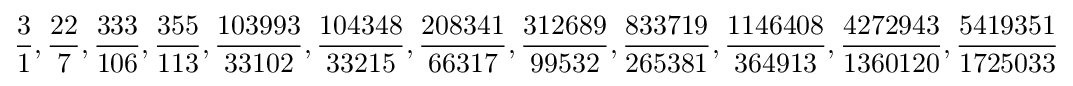
{\frac {3}{1}},{\frac {22}{7}},{\frac {333}{106}},{\frac {355}{113}},{\frac {103993}{33102}},{\frac {104348}{33215}},{\frac {208341}{66317}},{\frac {312689}{99532}},{\frac {833719}{265381}},{\frac {1146408}{364913}},{\frac {4272943}{1360120}},{\frac {5419351}{1725033}}